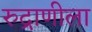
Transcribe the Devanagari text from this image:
रुद्राणीला